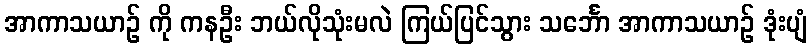
အာကာသယာဉ် ကို ကနဦး ဘယ်လိုသုံးမလဲ ကြယ်ပြင်သွား သင်္ဘော အာကာသယာဉ် ဒုံးပျံ